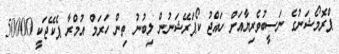
ޕްރޮމޯޝަނުގެ ނަސީބުވެރިޔާއަށް ހައްޖު ކޯޕަރޭޝަނުން ލިބުނު ތިން ހަރަމް އުމްރާ ޕެކޭޖަކީ 50000